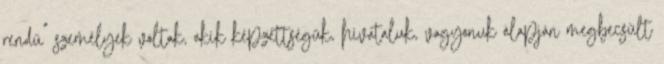
rendű” személyek voltak, akik képzettségük, hivataluk, vagyonuk alapján megbecsült